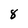
Character: 8